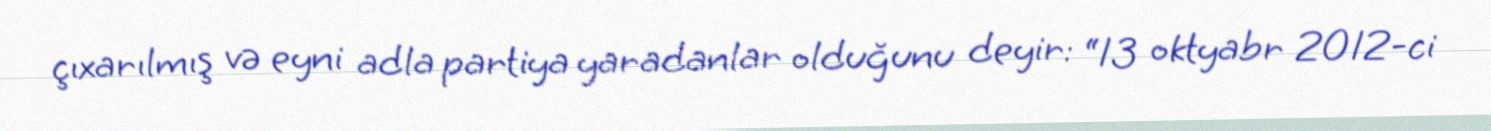
çıxarılmış və eyni adla partiya yaradanlar olduğunu deyir: “13 oktyabr 2012-ci